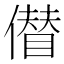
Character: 𠏝